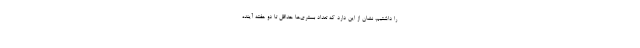
را داشتیم، نشان از این دارد که تعداد بستری‌ها حداقل تا دو هفته آینده